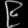
Digit: ၉